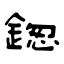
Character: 鍯